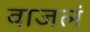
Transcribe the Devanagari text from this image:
वाजलं